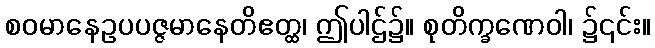
စဝမာနေဥပပဇ္ဇမာနေတိဧတ္ထ၊ ဤပါဌ်၌။ စုတိက္ခဏေဝါ၊ ၌၎င်း။